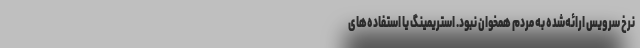
نرخ سرویس ارائه‌شده به مردم همخوان نبود. استریمینگ یا استفاده‌‌های